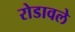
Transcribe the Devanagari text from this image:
रोडावले